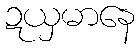
ဍယှမာနေ